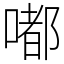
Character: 嘟